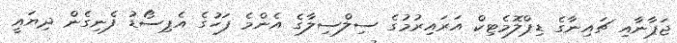
ޖަޕާނާއި ޗައިނާގެ ޑިޕްލޮމެޓިކް އަރައިރުމުގެ ސިލްސިލާގެ އެންމެ ފަހުގެ އެޕިސޯޑު ފެނިގެން ދިޔައީ